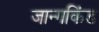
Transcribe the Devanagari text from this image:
जान्गकिंड